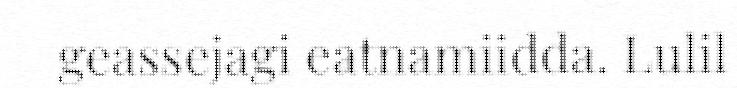
geassejagi eatnamiidda. Lulil